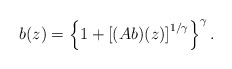
\begin{align*} b(z) = \left\{ 1 + \left[(A b)(z)\right]^{1/\gamma} \right\}^\gamma.\end{align*}